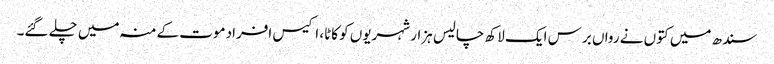
سندھ میں کتوں نے رواں برس ایک لاکھ چالیس ہزار شہریوں کو کاٹا، اکیس افرادموت کےمنہ میں چلے گئے۔